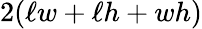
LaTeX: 2(\ell w+\ell h+wh)